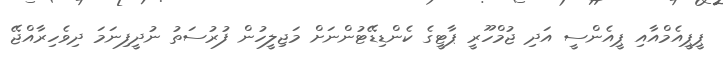
ޕީޕީއެމްއާއި ޕީއެންސީ އަދި ޖުމްހޫރީ ޕާޓީގެ ކެންޑިޑޭޓުންނަށް މަޖިލީހުން ފުރުސަތު ނުދީފިނަމަ ދިވެހިރާއްޖޭ